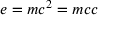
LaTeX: e = m c ^ { 2 } = m c c